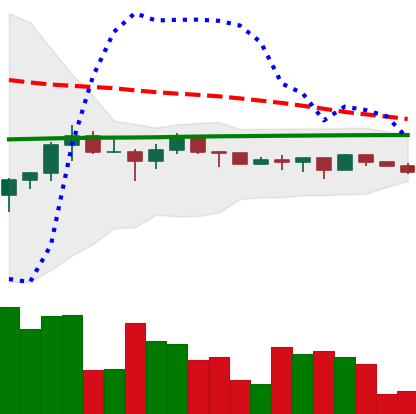
Ticker: XRP-USD
Chart end date: 2022-12-11
Forward return: -7.796%
Label: down_7plus